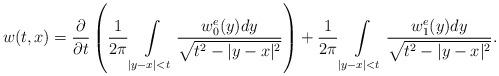
LaTeX: \begin{align*}w(t,x)=\frac{\partial}{\partial t}\left(\frac{1}{2\pi}\int\limits_{|y-x|< t}\frac{w^e_0(y)dy}{\sqrt{t^2-|y-x|^2}}\right)+\frac{1}{2\pi}\int\limits_{|y-x|< t}\frac{w^e_1(y)dy}{\sqrt{t^2-|y-x|^2}}.\end{align*}